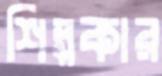
শিল্পকার